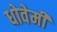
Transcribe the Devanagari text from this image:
धोवेमी